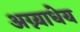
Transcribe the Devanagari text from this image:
अग्न्याधेय